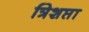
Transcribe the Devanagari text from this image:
त्रिशप्ता